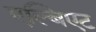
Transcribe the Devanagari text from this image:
एल्बिएट